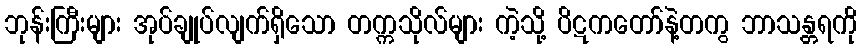
ဘုန်းကြီးများ အုပ်ချုပ်လျက်ရှိသော တက္ကသိုလ်များ ကဲ့သို့ ပိဋကတော်နဲ့တကွ ဘာသန္တရကို